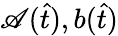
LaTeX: \mathscr{A}(\hat{{t}}),b(\hat{{t}})